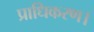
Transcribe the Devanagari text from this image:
प्राधिकरण।